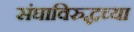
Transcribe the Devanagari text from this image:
संघाविरुद्धच्या